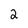
Character: 2